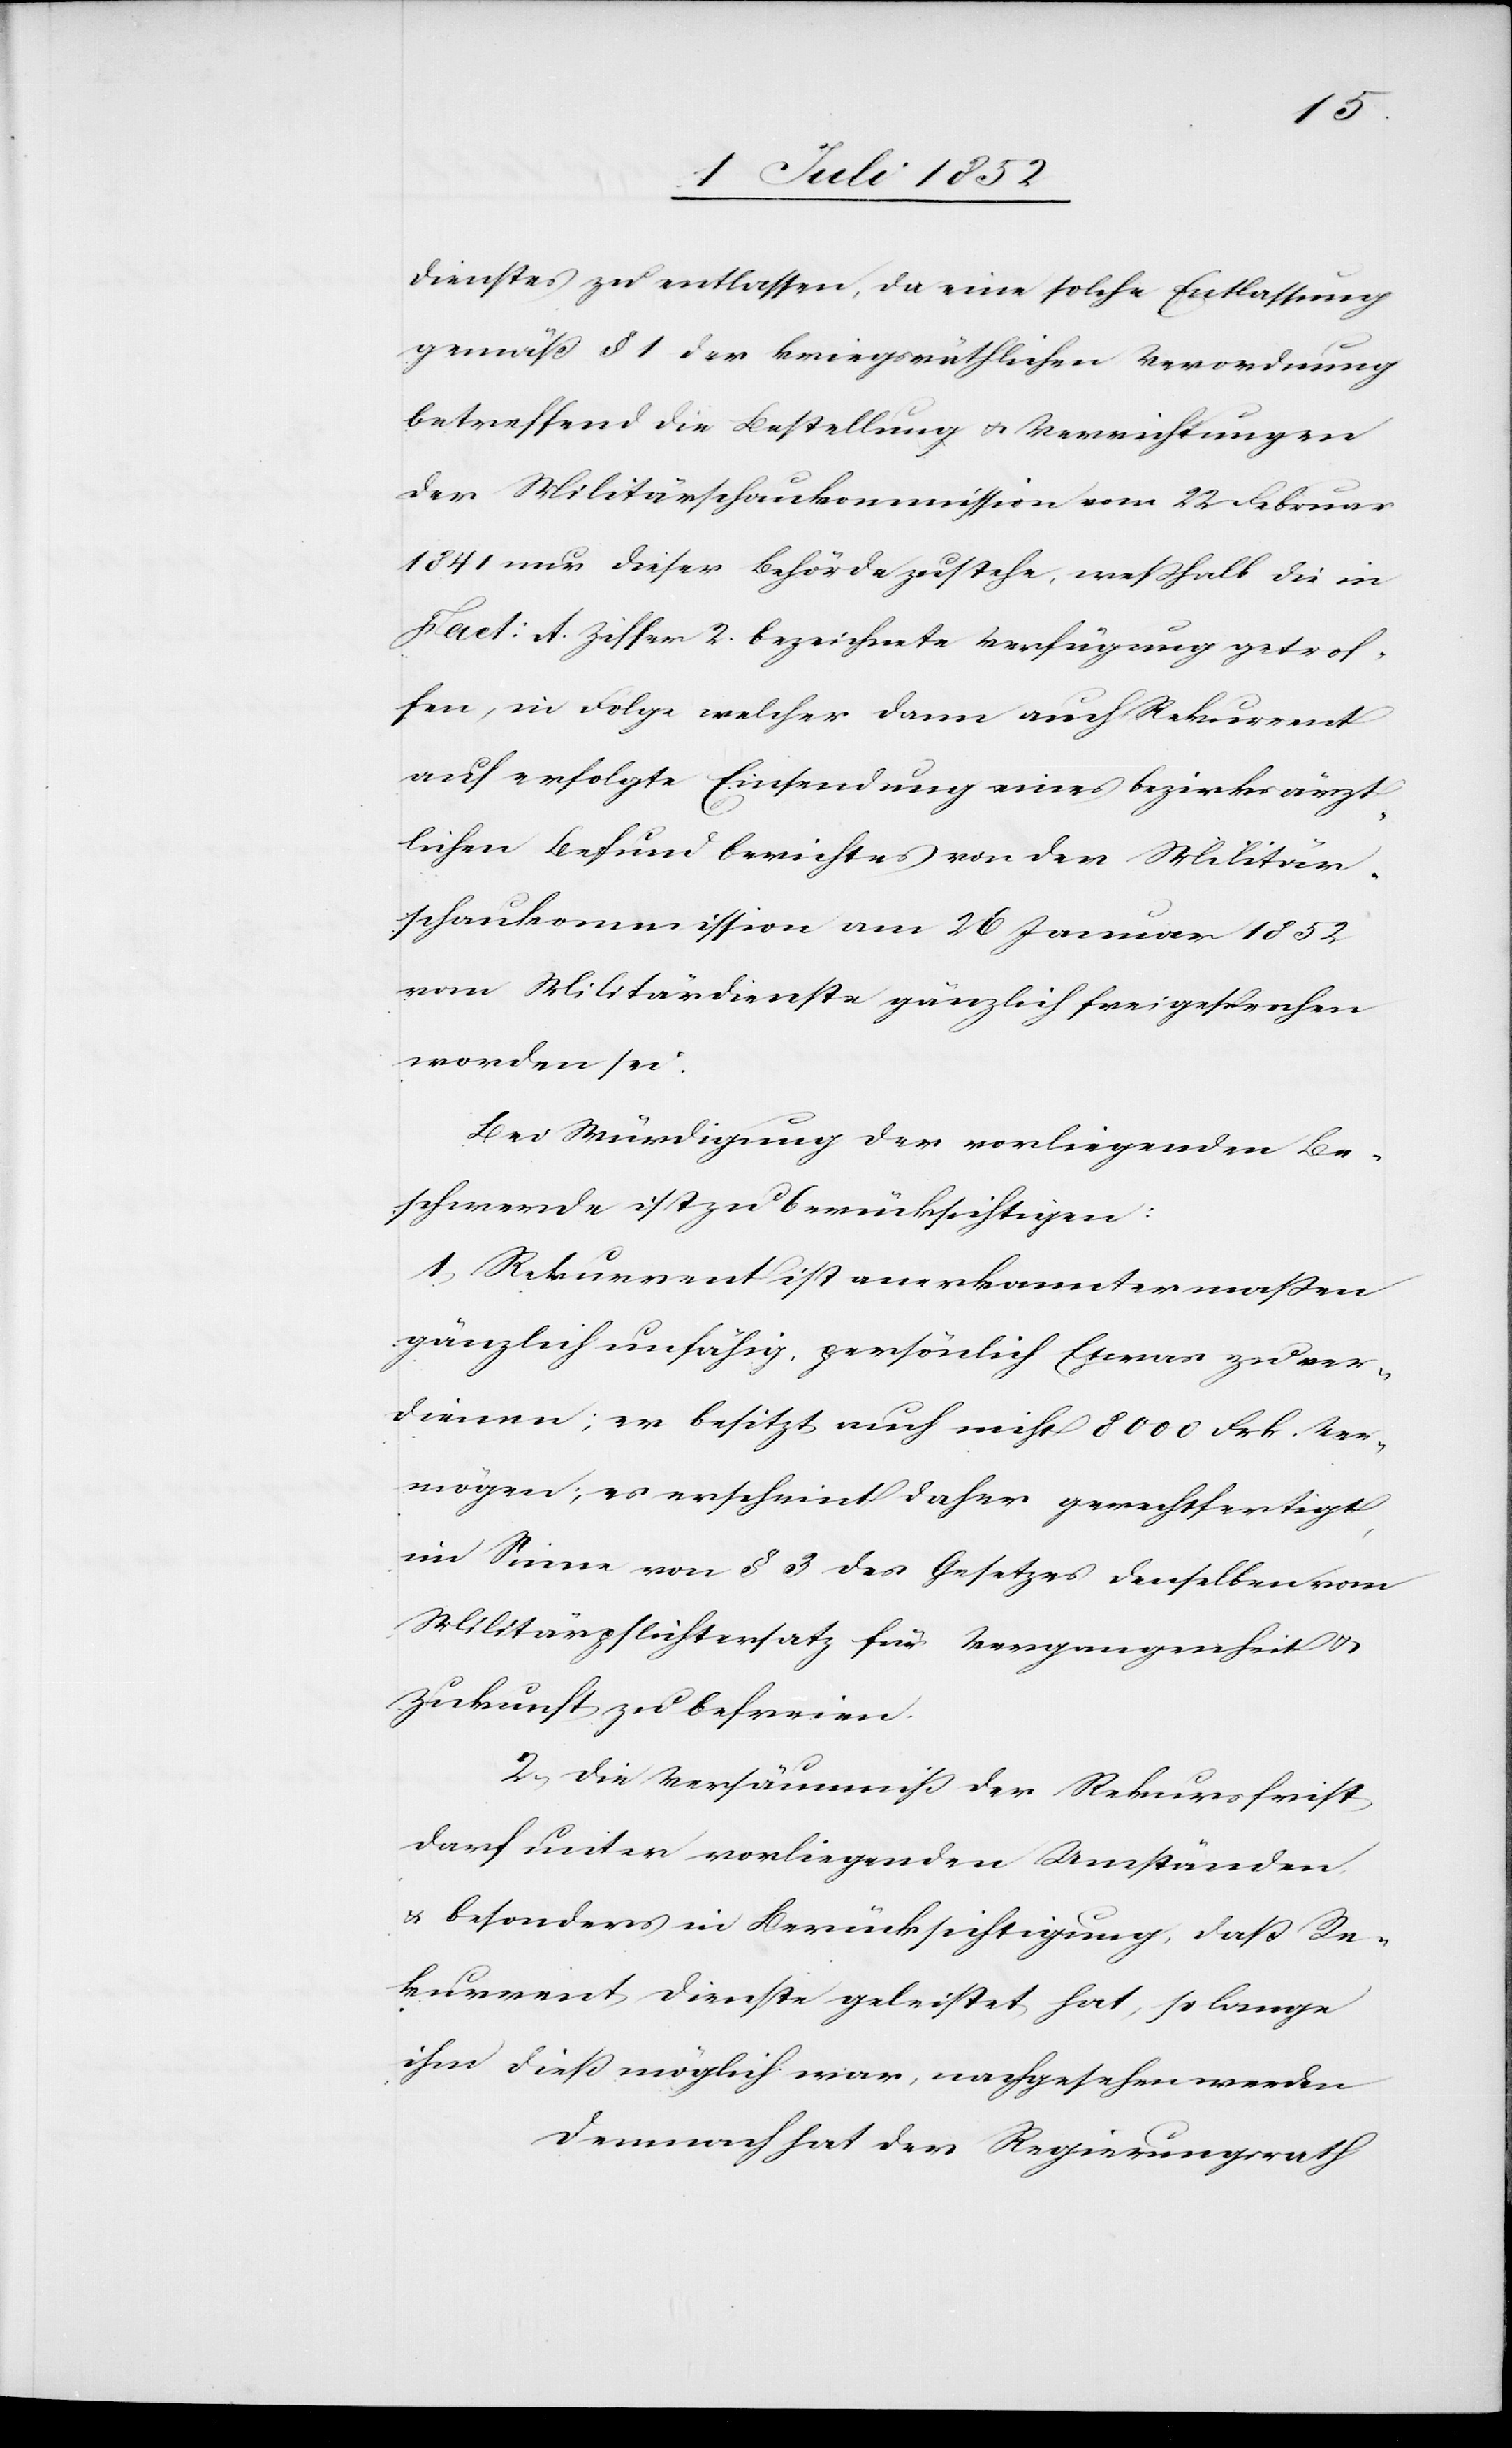
Dienstes zu entlassen, da eine solche Entlassung
gemäß § 1 der kriegsräthlichen Verordnung
betreffend die Bestellung & Verrichtungen
der Militärschaukommission vom 22 Februar
1841 nur dieser Behörde zustehe, weßhalb die in
Fact: A. Ziffer 2. bezeichnete Verfügung getrof¬
fen, in Folge welcher dann auch Rekurrent
auf erfolgte Einsendung eines bezirksärzt¬
lichen Befundberichtes von der Militär¬
schaukommission am 26 Januar 1852
vom Militärdienste gänzlich freigesprochen
worden sei.
Bei Würdigung der vorliegenden Be¬
schwerde ist zu berücksichtigen:
1, Rekurrent ist anerkanntermaßen
gänzlich unfähig, persönlich Etwas zu ver¬
dienen; er besitzt auch nicht 8000 Frk. Ver¬
mögen; es erscheint daher gerechtfertigt,
im Sinne von § 3 des Gesetzes denselben vom
Militärpflichtersatz für Vergangenheit &
Zukunft zu befreien.
2, Die Versäumniß der Rekursfrist
darf unter vorliegenden Umständen
& besonders in Berücksichtigung, daß Re¬
kurrent Dienste geleistet hat, so lange
ihm dieß möglich war, nachgesehen werden
Demnach hat der Regierungsrath